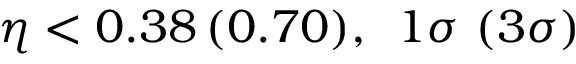
\eta < 0 . 3 8 \, ( 0 . 7 0 ) , \, \, \, 1 \sigma \, \, ( 3 \sigma )